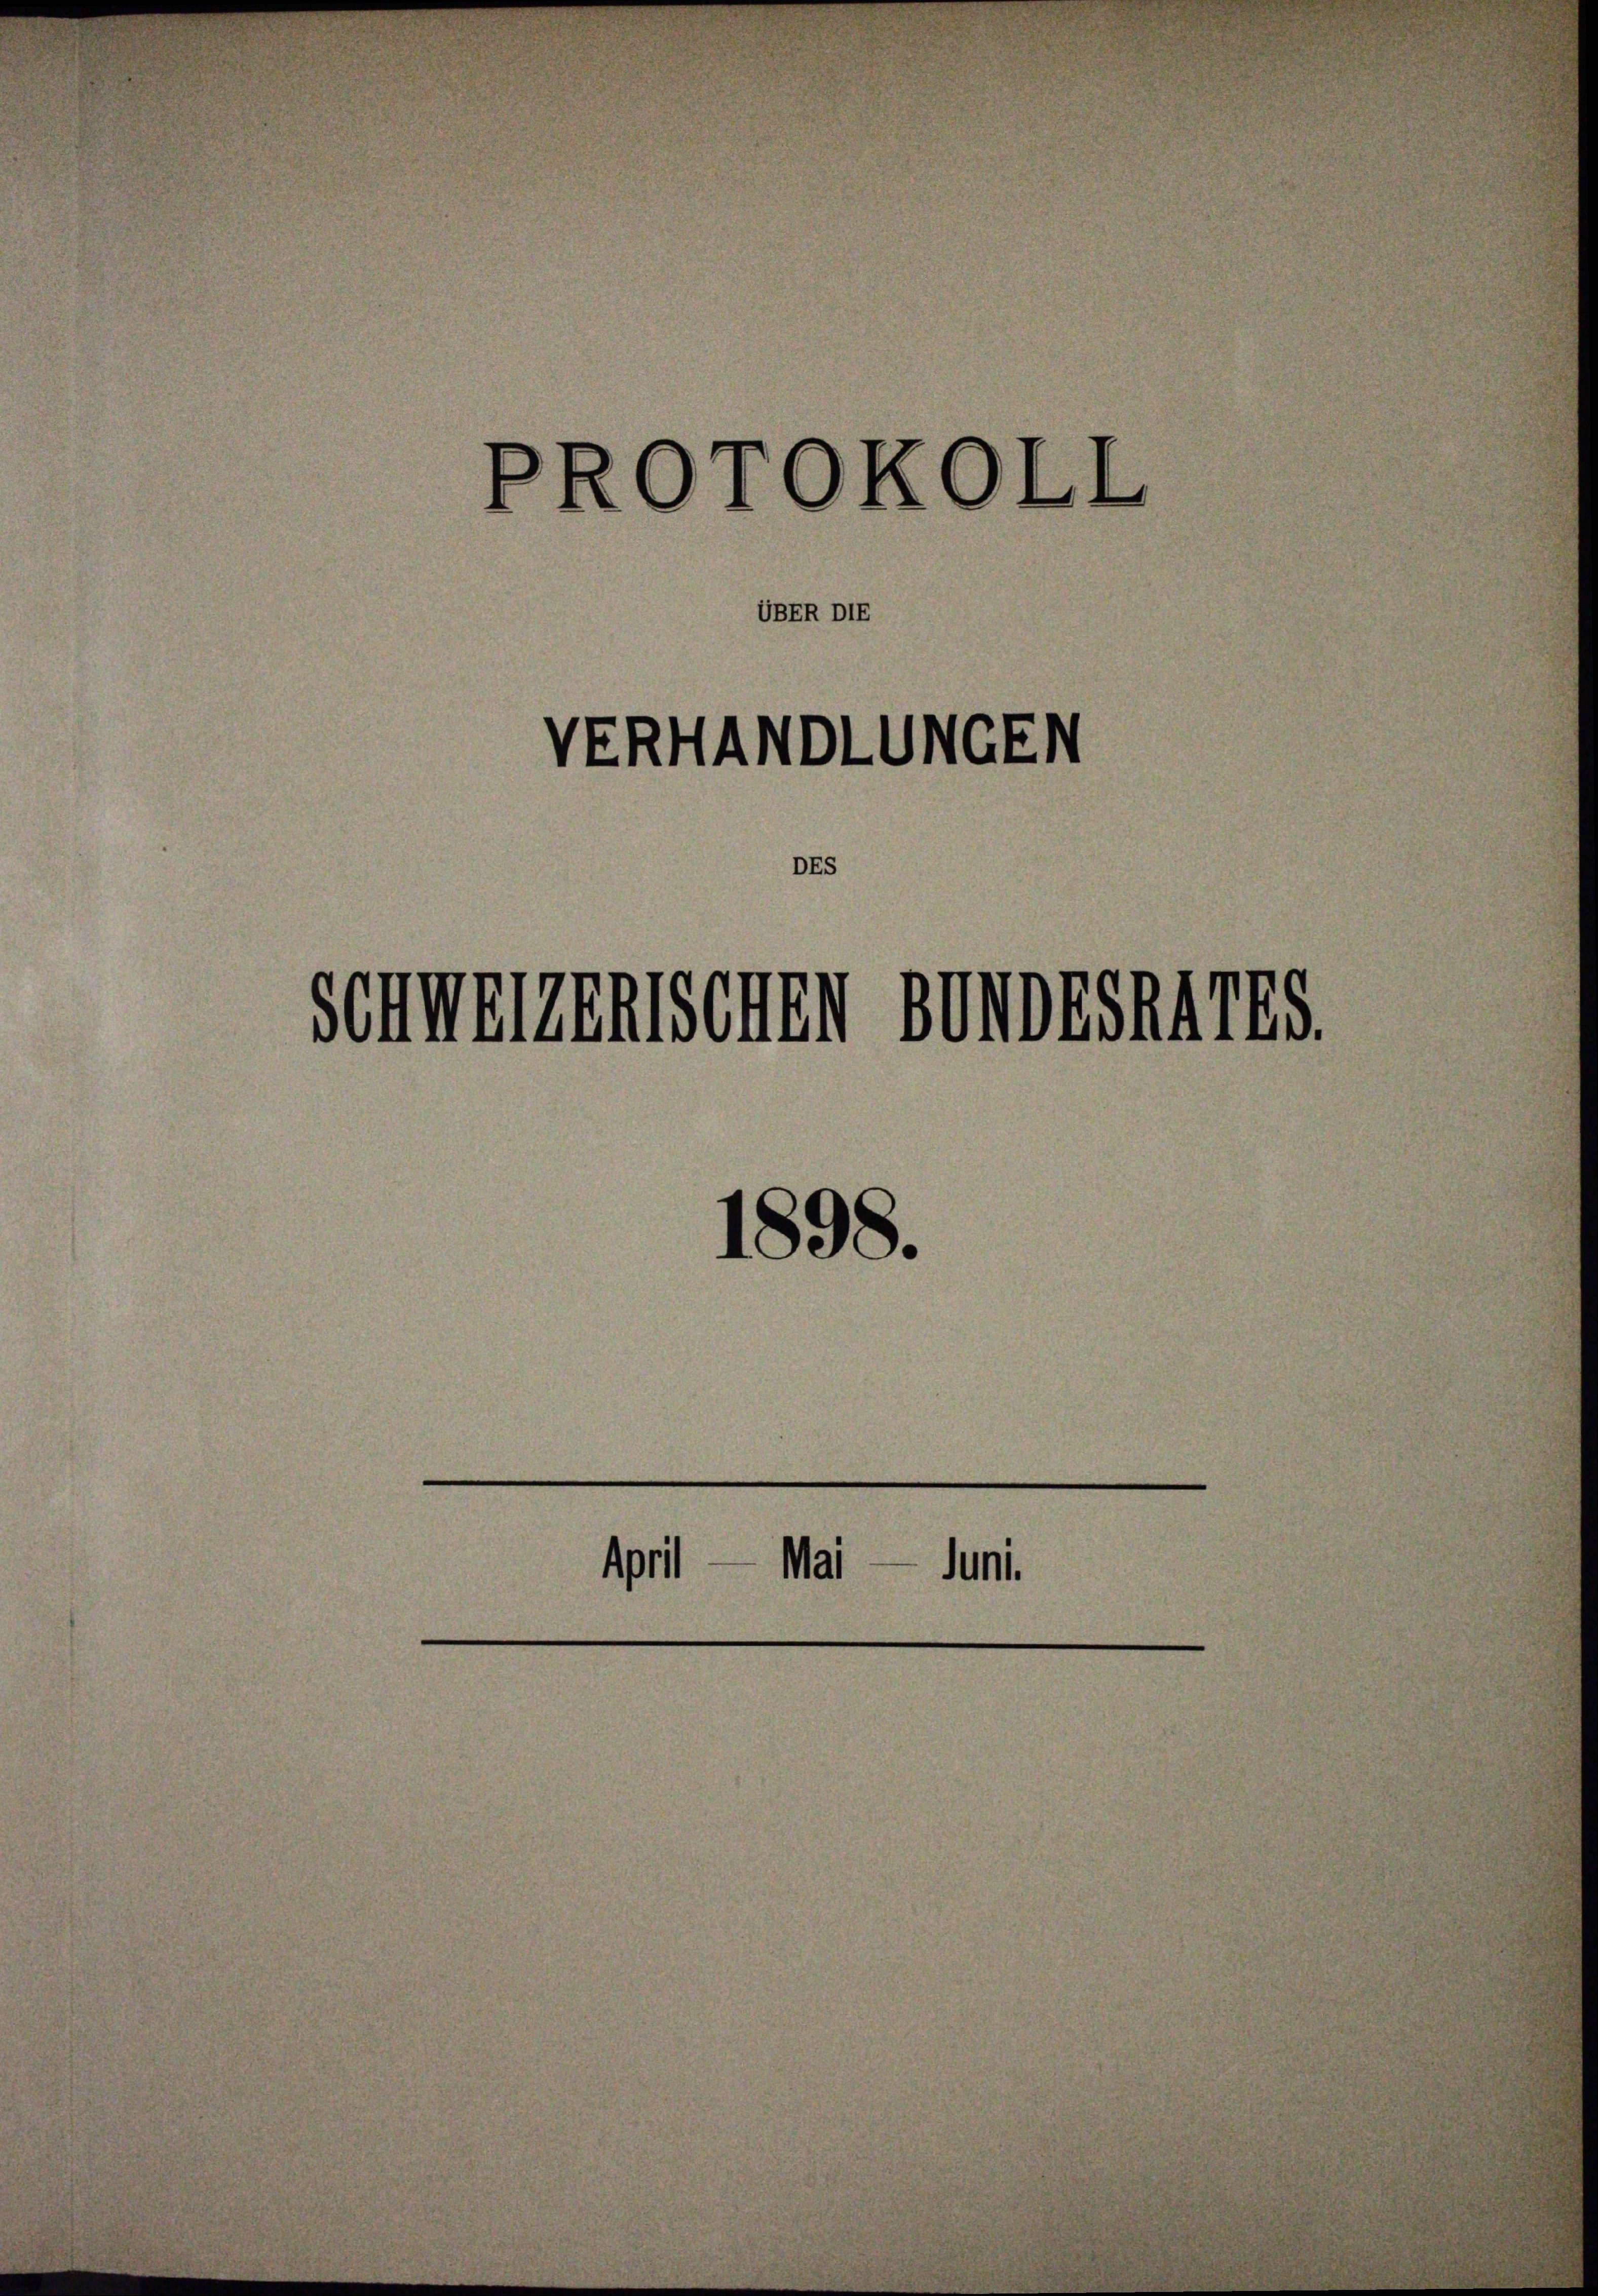
PROTOKOLL

UBER DIE

VERHANDLUNGEN
DEs
Schwerenischen Bundesraths.

1898.

April — Mai — Juni.